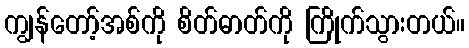
ကျွန်တော့်အစ်ကို စိတ်ဓာတ်ကို ကြိုက်သွားတယ်။